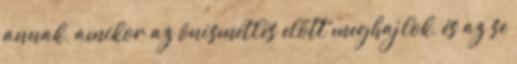
annak, amikor az önismétlés előtt meghajlok, és az se